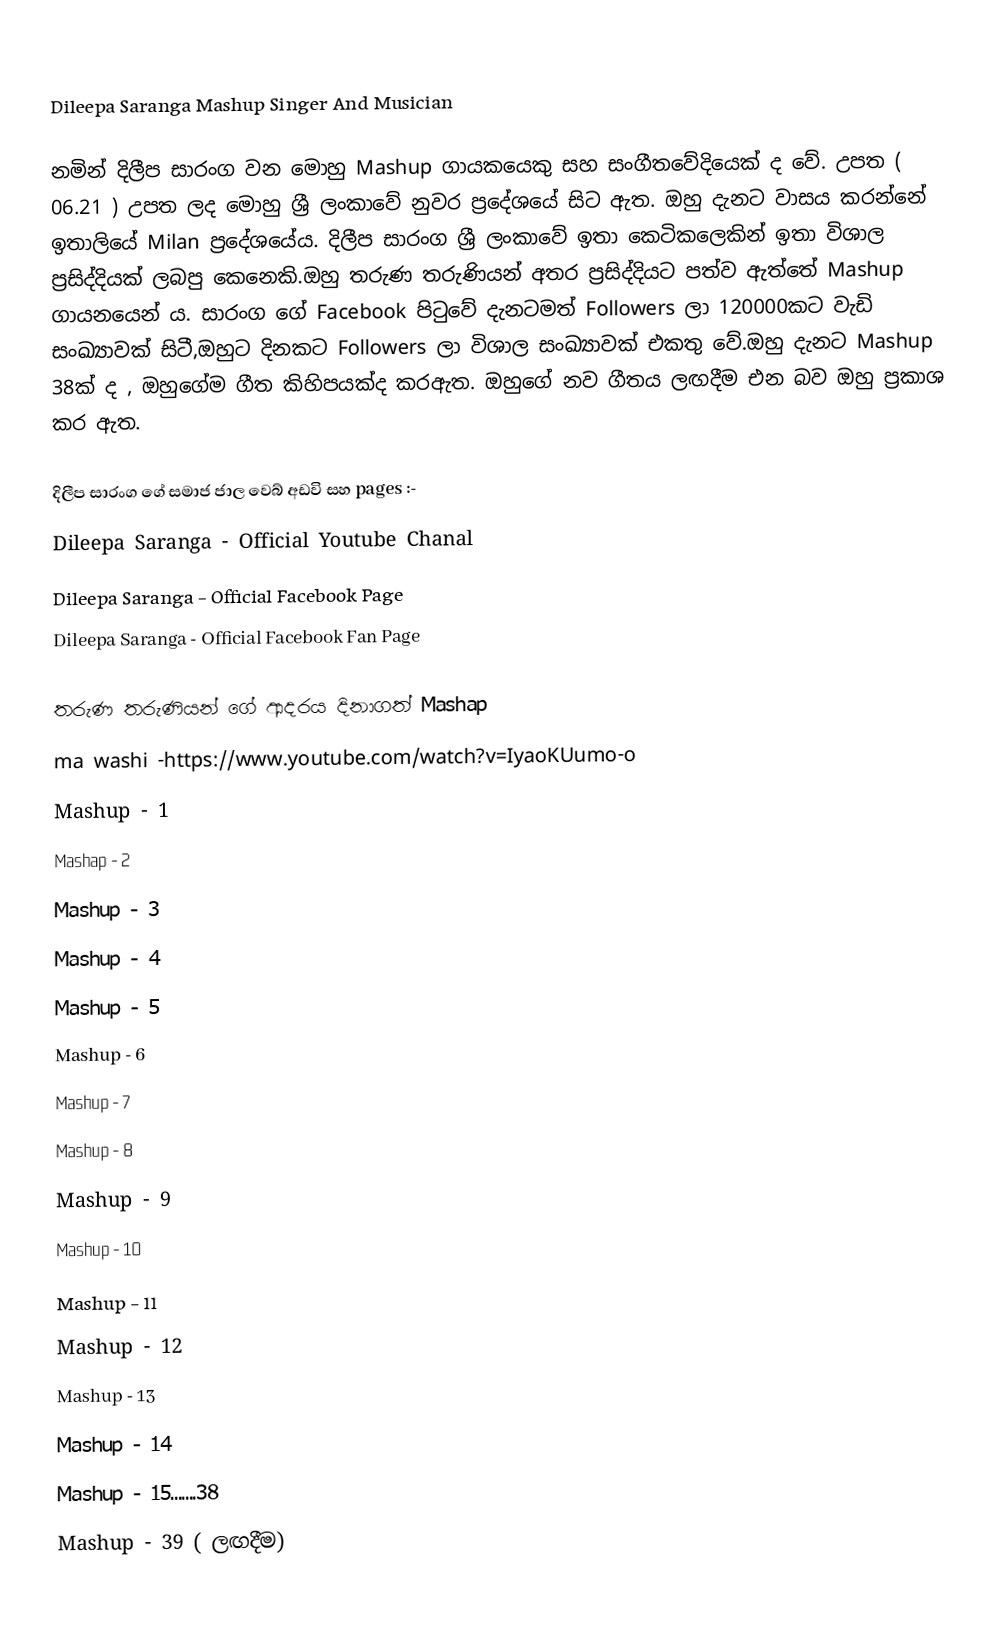

Dileepa Saranga Mashup Singer And Musician

නමින් දිලීප සාරංග වන මොහු Mashup ගායකයෙකු සහ සංගීතවේදියෙක් ද වේ. උපත ( 06.21 ) උපත ලද මොහු ශ්‍රී ලංකාවේ නුවර ප්‍රදේශයේ  සිට ඇත. ඔහු දැනට වාසය කරන්නේ ඉතාලියේ Milan ප්‍රදේශයේය. දිලීප සාරංග ශ්‍රී ලංකාවේ ඉතා කෙටිකලෙකින් ඉතා විශාල ප්‍රසිද්දියක් ලබපු කෙනෙකි.ඔහු තරුණ තරුණියන් අතර ප්‍රසිද්දියට පත්ව ඇත්තේ Mashup ගායනයෙන් ය. සාරංග ගේ Facebook පිටුවේ දැනටමත් Followers ලා 120000කට වැඩි සංඛ්‍යාවක් සිටී,ඔහුට දිනකට Followers ලා විශාල සංඛ්‍යාවක් එකතු වේ.ඔහු දැනට Mashup 38ක් ද , ඔහුගේම ගීත කිහිපයක්ද කරඇත. ඔහුගේ නව ගීතය ලඟදීම එන බව ඔහු ප්‍රකාශ කර ඇත.

දිලීප සාරංග ගේ සමාජ ජාල වෙබ් අඩවි සහ pages :-
 Dileepa Saranga - Official Youtube Chanal
 Dileepa Saranga - Official Facebook Page
 Dileepa Saranga - Official Facebook Fan Page

තරුණ තරුණියන් ගේ ආදරය දිනාගත් Mashap
ma washi -https://www.youtube.com/watch?v=IyaoKUumo-o
 Mashup - 1
 Mashap - 2
 Mashup - 3
 Mashup - 4
 Mashup - 5
 Mashup - 6
 Mashup - 7
 Mashup - 8
 Mashup - 9
 Mashup - 10
 Mashup - 11
 Mashup - 12
 Mashup - 13
 Mashup - 14
 Mashup - 15.......38
 Mashup - 39 ( ලඟදීම)